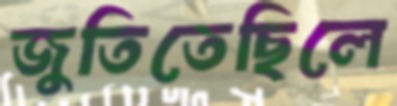
জুতিতেছিলে